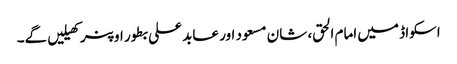
اسکواڈ میں امام الحق، شان مسعود اور عابد علی بطور اوپنر کھیلیں گے۔